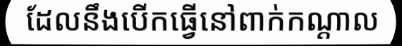
ដែលនឹងបើកធ្វើនៅពាក់កណ្តាល